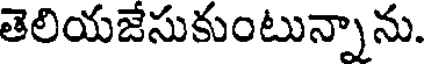
తెలియజేసుకుంటున్నాను.